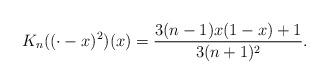
LaTeX: \begin{align*}K_n ((\cdot - x)^2)(x) = \frac{3 (n-1)x(1-x) + 1}{3(n+1)^2}.\end{align*}